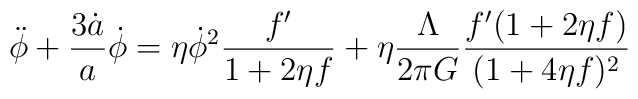
\ddot \phi +\frac{3\dot a}{a} \dot \phi = \eta \dot \phi^2 \frac{f'}{1+2\eta f} + \eta \frac{\Lambda}{2\pi G} \frac{f'(1+2\eta f)}{(1+4\eta f)^2}